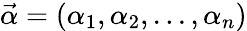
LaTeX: \vec{\alpha}={(\alpha_{1},\alpha_{2},...,\alpha_{n})}